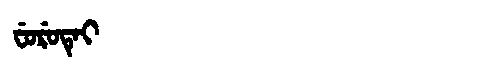
Manchu: ᠸᡠᡵᡠᡨᡝᡳ
Romanization: FURUTEI